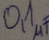
Text: 0,1µF